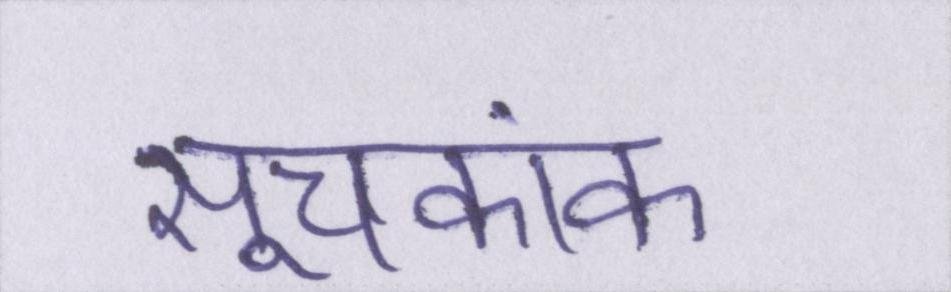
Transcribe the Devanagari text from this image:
सूचकांक